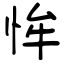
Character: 恈